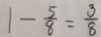
1 - \frac { 5 } { 8 } = \frac { 3 } { 8 }